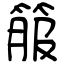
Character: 箙